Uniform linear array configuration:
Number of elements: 32
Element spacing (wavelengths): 1
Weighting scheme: kaiser
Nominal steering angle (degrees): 0
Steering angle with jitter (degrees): -1.75
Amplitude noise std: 0.05
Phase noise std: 0.05

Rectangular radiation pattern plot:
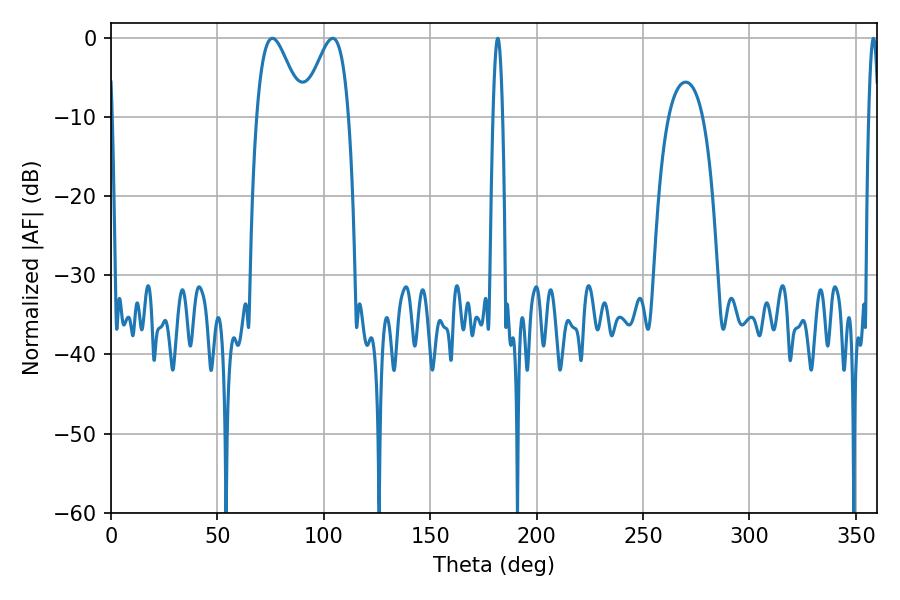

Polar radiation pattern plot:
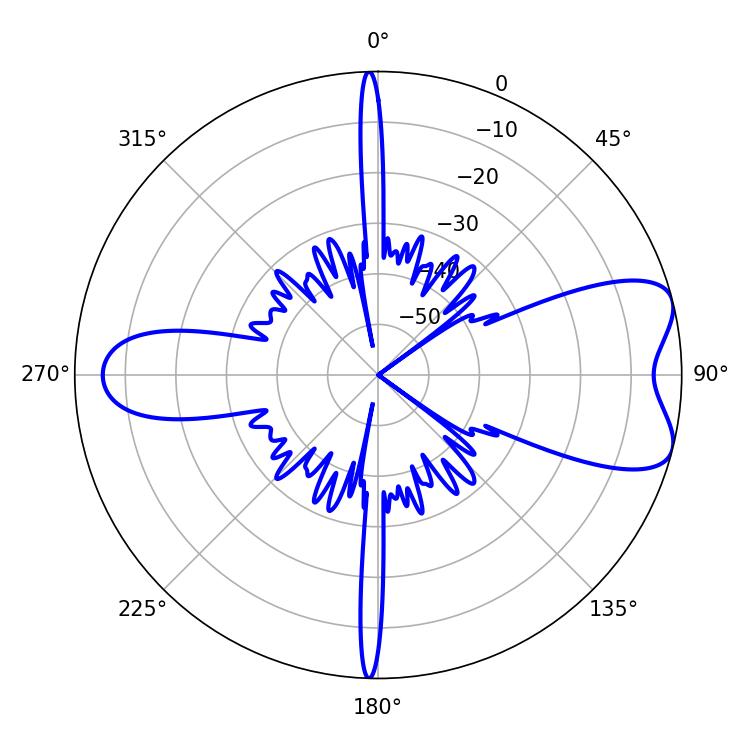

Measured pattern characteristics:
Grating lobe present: TRUE
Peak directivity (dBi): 7.452
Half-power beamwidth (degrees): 11.52
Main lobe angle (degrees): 75.78